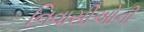
નિવાસીઓની